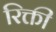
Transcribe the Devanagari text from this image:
रिक्ती